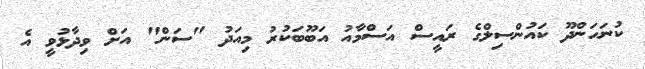
ކުނަހަންދޫ ކައުންސިލްގެ ރައީސް އަސްމާއު އަބޫބަކުރު މިއަދު "ސަން" އަށް ވިދާޅުވީ އެ